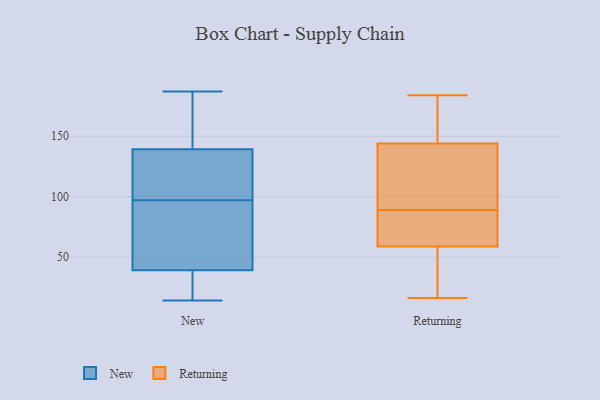
{"axis": {"x": "Revenue (USD Million)", "y": "Value"}, "legend": ["New", "Returning"], "data": [{"x": "", "y": 30, "type": "New"}, {"x": "", "y": 14, "type": "New"}, {"x": "", "y": 77, "type": "New"}, {"x": "", "y": 26, "type": "New"}, {"x": "", "y": 140, "type": "New"}, {"x": "", "y": 148, "type": "New"}, {"x": "", "y": 139, "type": "New"}, {"x": "", "y": 127, "type": "New"}, {"x": "", "y": 187, "type": "New"}, {"x": "", "y": 42, "type": "New"}, {"x": "", "y": 97, "type": "New"}, {"x": "", "y": 101, "type": "New"}, {"x": "", "y": 58, "type": "New"}, {"x": "", "y": 153, "type": "Returning"}, {"x": "", "y": 89, "type": "Returning"}, {"x": "", "y": 60, "type": "Returning"}, {"x": "", "y": 55, "type": "Returning"}, {"x": "", "y": 89, "type": "Returning"}, {"x": "", "y": 179, "type": "Returning"}, {"x": "", "y": 177, "type": "Returning"}, {"x": "", "y": 184, "type": "Returning"}, {"x": "", "y": 33, "type": "Returning"}, {"x": "", "y": 16, "type": "Returning"}, {"x": "", "y": 74, "type": "Returning"}, {"x": "", "y": 60, "type": "Returning"}, {"x": "", "y": 129, "type": "Returning"}, {"x": "", "y": 105, "type": "Returning"}, {"x": "", "y": 98, "type": "Returning"}, {"x": "", "y": 17, "type": "Returning"}, {"x": "", "y": 141, "type": "Returning"}]}